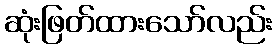
ဆုံးဖြတ်ထားသော်လည်း